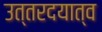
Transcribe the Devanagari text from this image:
उत्तरदयात्व